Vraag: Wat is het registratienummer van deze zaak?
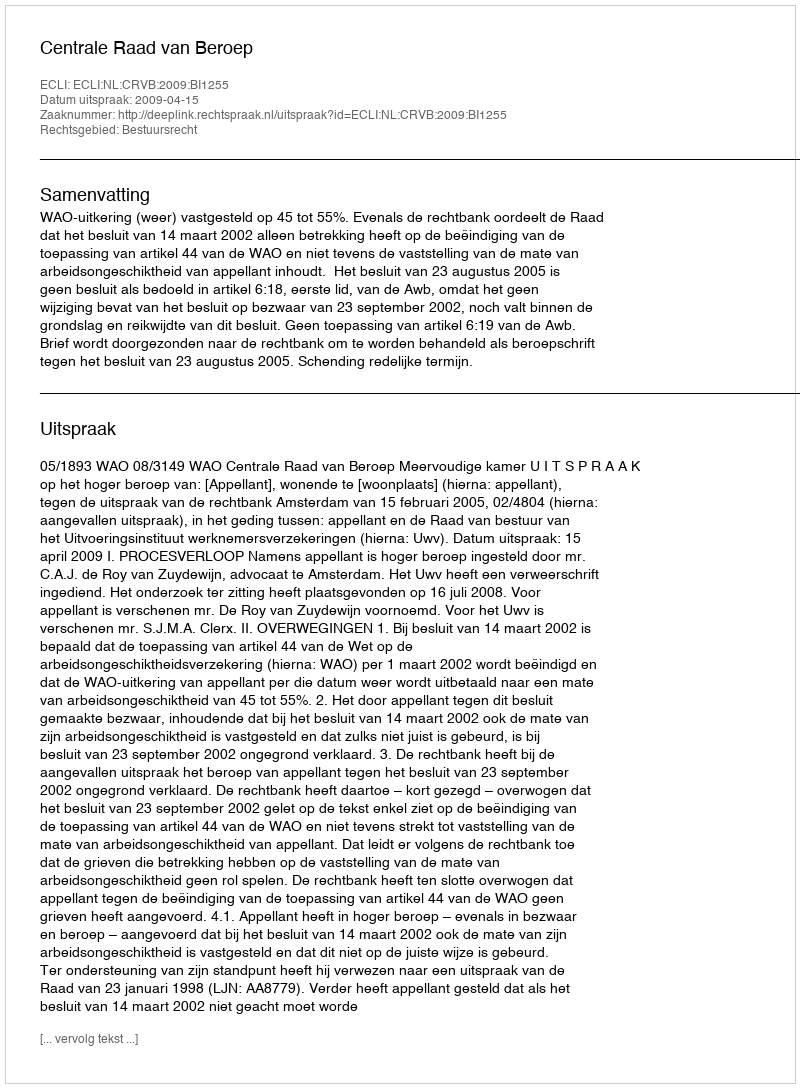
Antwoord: http://deeplink.rechtspraak.nl/uitspraak?id=ECLI:NL:CRVB:2009:BI1255